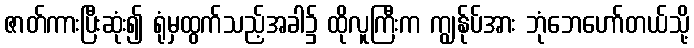
ဇာတ်ကားပြီးဆုံး၍ ရုံမှထွက်သည့်အခါ၌ ထိုလူကြီးက ကျွန်ုပ်အား ဘုံဘေဟော်တယ်သို့